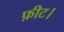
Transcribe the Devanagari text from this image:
फ़ीट।